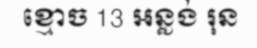
ខ្មោច 13 អន្លង់ រុន